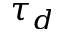
\tau _ { d }